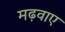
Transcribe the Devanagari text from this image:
मढ़वाए